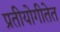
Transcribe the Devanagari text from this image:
प्रतीयोगीतेत